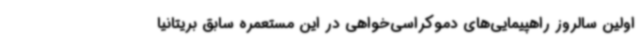
اولین سالروز راهپیمایی‌های دموکراسی‌خواهی در این مستعمره سابق بریتانیا